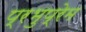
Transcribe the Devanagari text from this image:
प्रभुप्रेम